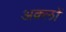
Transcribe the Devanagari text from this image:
अक़्लों